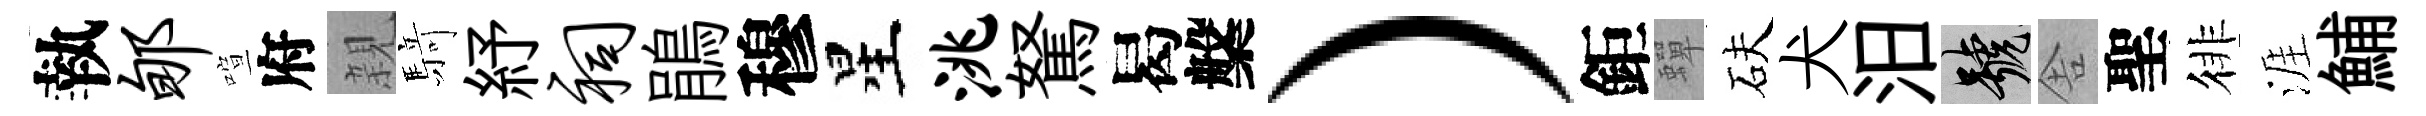
執郇喧府親𮪍紓祠鵑穆星洮駑曷槃）鉅蟬砆犬汨號舎聖徘涯鯆